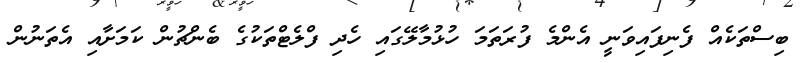
ބިސްތަކެއް ފެނިފައިވަނީ އެންމެ ފުރަތަމަ ހުޅުމާލޭގައި ހެދި ފްލެޓްތަކުގެ ބެންޗުން ކަމަށާއި އެތަނުން